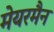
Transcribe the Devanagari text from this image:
मेयरमैन